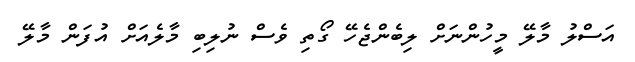
އަސްލު މާލޭ މީހުންނަށް ލިބެންޖެހޭ ގޯތި ވެސް ނުލިބި މާލެއަށް އުފަން މާލޭ